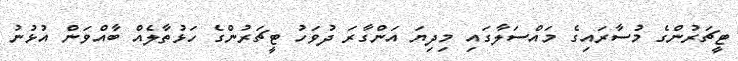
ޓީޗަރުންގެ މުސާރައިގެ މައްސަލާގައި މިދިޔަ އަންގާރަ ދުވަހު ޓީޗަރުންގެ ހަޅުތާލެއް ބާއްވަން އުޅުނު